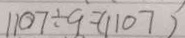
1 1 0 7 \div 9 = ( 1 1 0 7 )